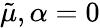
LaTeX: \tilde{\mu},\alpha=0